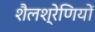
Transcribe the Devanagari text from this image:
शैलश्रेणियों